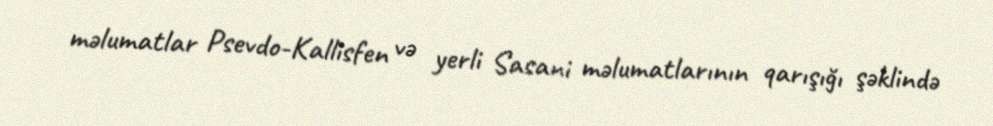
məlumatlar Psevdo-Kallisfen və yerli Sasani məlumatlarının qarışığı şəklində